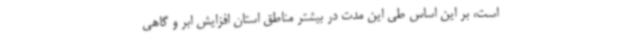
است، بر این اساس طی این مدت در بیشتر مناطق استان افزایش ابر و گاهی